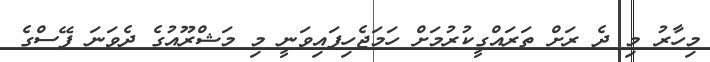
މިހާރު މި ދެ ރަށް ތަރައްގީކުރުމަށް ހަމަޖެހިފައިވަނީ މި މަޝްރޫއުގެ ދެވަނަ ފޭސްގެ